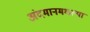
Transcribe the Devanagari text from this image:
अंदमानमधल्या